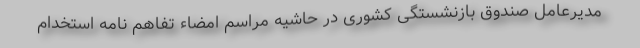
مدیرعامل صندوق بازنشستگی کشوری در حاشیه مراسم امضاء تفاهم نامه استخدام